Indian journal of veterinary science and animal husbandry - Volume 4,
Year: 1934
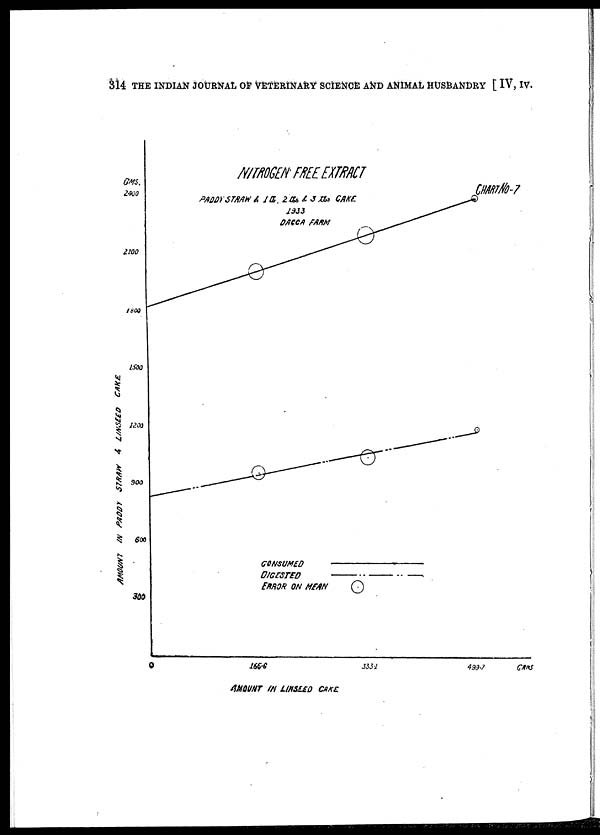
314 THE INDIAN JOURNAL OF VETERINARY SCIENCE AND ANIMAL HUSBANDRY [ IV, IV.